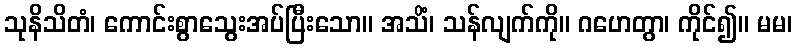
သုနိသိတံ၊ ကောင်းစွာသွေးအပ်ပြီးသော။ အသိံ၊ သန်လျက်ကို။ ဂဟေတွာ၊ ကိုင်၍။ မမ၊